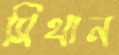
সিথান